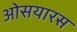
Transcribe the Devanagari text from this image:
ओसयारस